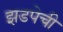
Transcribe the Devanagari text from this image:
झडपेची